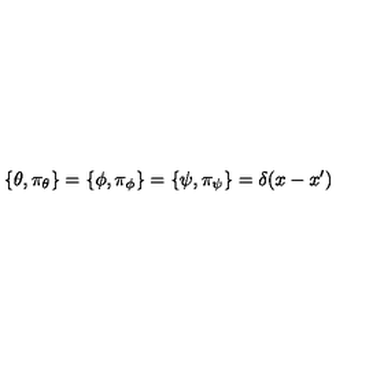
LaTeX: \{ \theta , \pi _ { \theta } \} = \{ \phi , \pi _ { \phi } \} = \{ \psi , \pi _ { \psi } \} = \delta ( x - x ^ { \prime } )